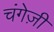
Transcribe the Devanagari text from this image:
चंगेज़ी